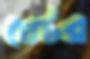
প্লেটর